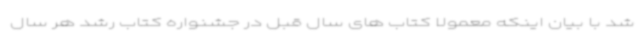
شد با بیان اینکه معمولا کتاب های سال قبل در جشنواره کتاب رشد هر سال